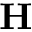
\mathbf { H }